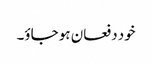
خود دفعان ہو جاؤ۔